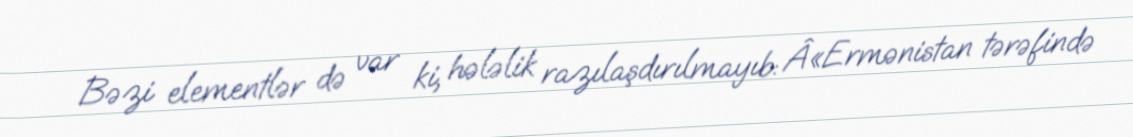
Bəzi elementlər də var ki, hələlik razılaşdırılmayıb: Â«Ermənistan tərəfində